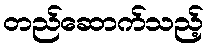
တည်ဆောက်သည့်